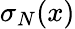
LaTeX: \sigma_{N}(x)